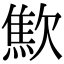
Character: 𣤚